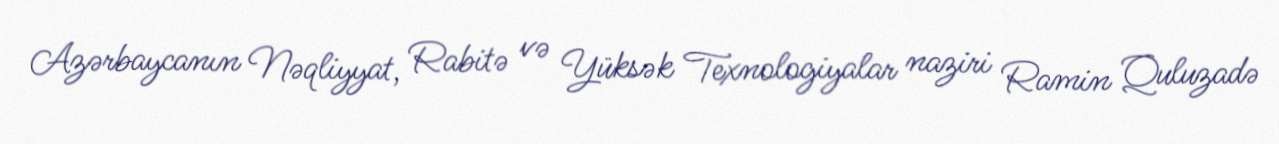
Azərbaycanın Nəqliyyat, Rabitə və Yüksək Texnologiyalar naziri Ramin Quluzadə